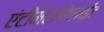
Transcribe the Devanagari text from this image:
एंटीमेटाबोलाईट